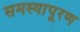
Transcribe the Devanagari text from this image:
समस्यापूरण